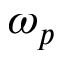
\omega _ { p }